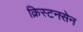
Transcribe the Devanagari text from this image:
क्रिस्टनसेन